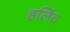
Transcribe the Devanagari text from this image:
हलिंद